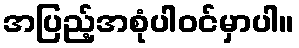
အပြည့်အစုံပါဝင်မှာပါ။